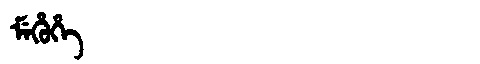
Manchu: ᠮᡝᡥᡠᡥᡝ
Romanization: MEHUHE